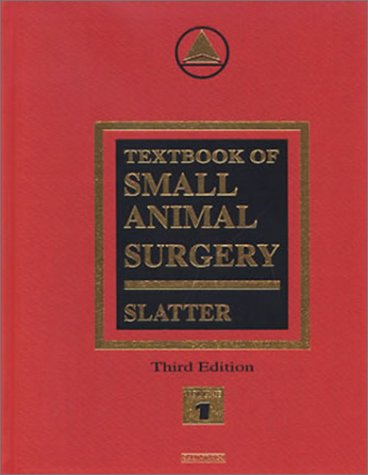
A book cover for Textbook of Small Animal Surgery: 2-Volume Set, 3e; Douglas Slatter BVSc  PhD  MS  FRCVS; Medical Books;